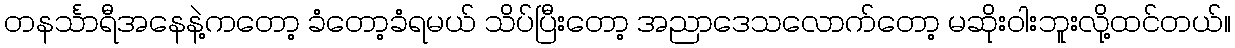
တနင်္သာရီအနေနဲ့ကတော့ ခံတော့ခံရမယ် သိပ်ပြီးတော့ အညာဒေသလောက်တော့ မဆိုးဝါးဘူးလို့ထင်တယ်။